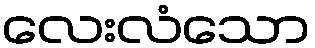
လေးလံသော